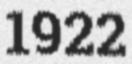
1922